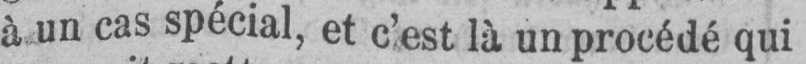
à un cas spécial, et c’est là un procédé qui